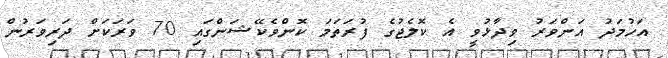
އަހުމަދު އަންވަރު ވިދާޅުވީ އެ ކޮލެޖުގެ ފުރަތަމަ ކޮންވެކޭޝަންގައި 70 ވަރަކަށް ދަރިވަރުން